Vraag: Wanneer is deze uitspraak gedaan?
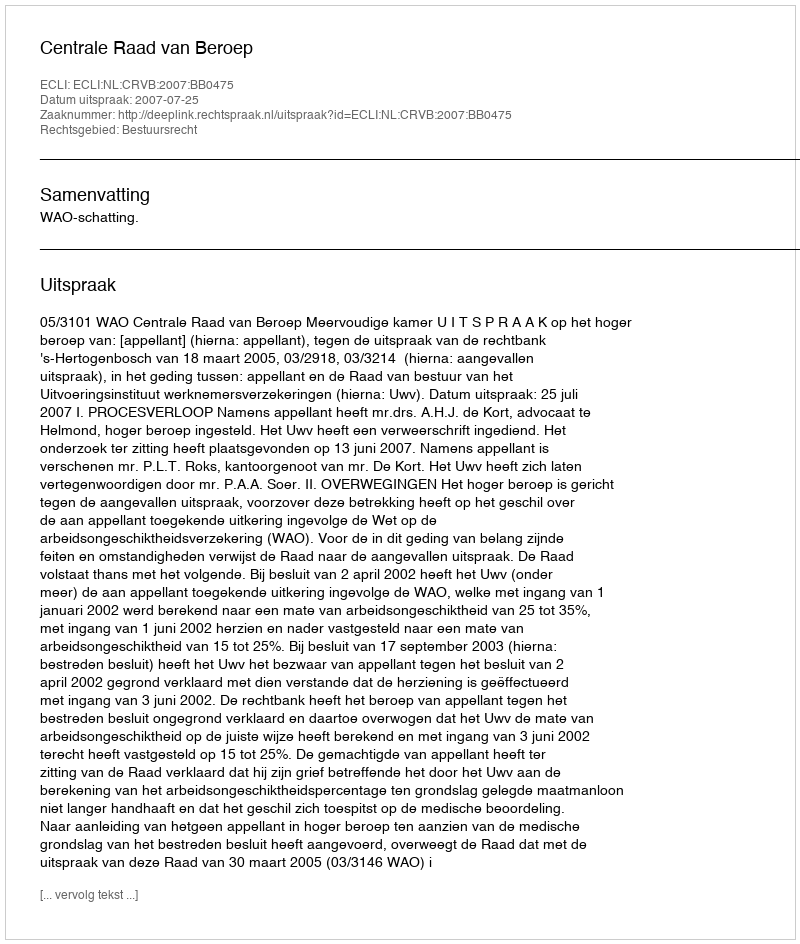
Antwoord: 2007-07-25